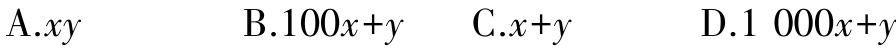
A.$xy$  B.$100x + y$  C.$x + y$  D.$1\ 000x + y$